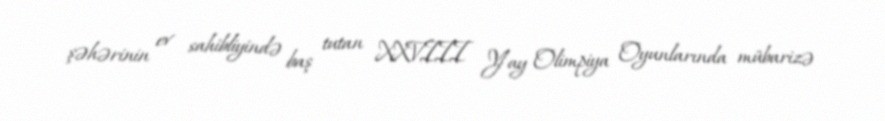
şəhərinin ev sahibliyində baş tutan XXVIII Yay Olimpiya Oyunlarında mübarizə